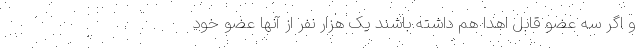
و اگر سه عضو قابل اهدا هم داشته باشند یک هزار نفر از آنها عضو خود